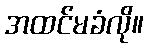
အထင်မခံလို။